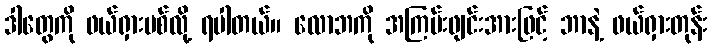
ဒါတွေကို ဖယ်ရှားပစ်လို့ ရပါတယ်။ လောဘကို အကြမ်းဖျင်းအားဖြင့် ဘာနဲ့ ဖယ်ရှားတုန်း